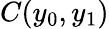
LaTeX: C(y_{0},y_{1})